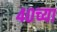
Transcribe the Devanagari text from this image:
४०च्या